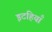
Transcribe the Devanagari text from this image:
इटहियाँ